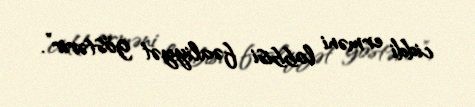
ciddi erməni lobbisi fəaliyyət göstərir”.